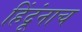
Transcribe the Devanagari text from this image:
हिंदूंनाच